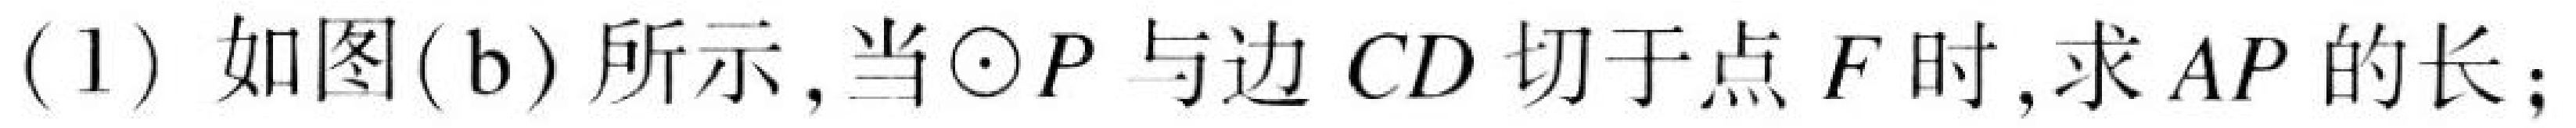
(1) 如图(b)所示,当\(\odot P\)与边\(CD\)切于点\(F\)时,求\(AP\)的长;